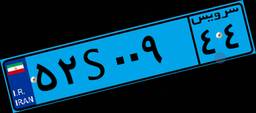
۰۸S۶۴۶۰۵